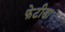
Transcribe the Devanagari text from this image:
फेटीडा